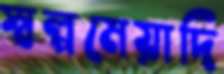
স্বল্পমেয়াদি